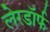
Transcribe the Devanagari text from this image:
लेरडॉर्फ